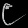
Digit: ၉